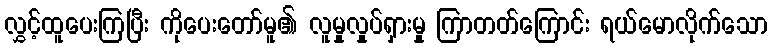
လွှင့်ထူပေးကြပြီး ကိုပေးတော်မူ၏ လူမှုလှုပ်ရှားမှု ကြာတတ်ကြောင်း ရယ်မောလိုက်သော